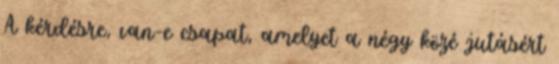
A kérdésre, van-e csapat, amelyet a négy közé jutásért